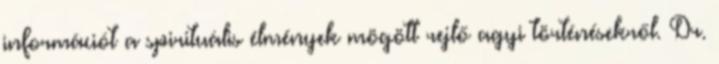
információt a spirituális élmények mögött rejlő agyi történésekről. Dr.